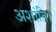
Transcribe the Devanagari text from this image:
अशांति।